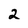
Character: 2